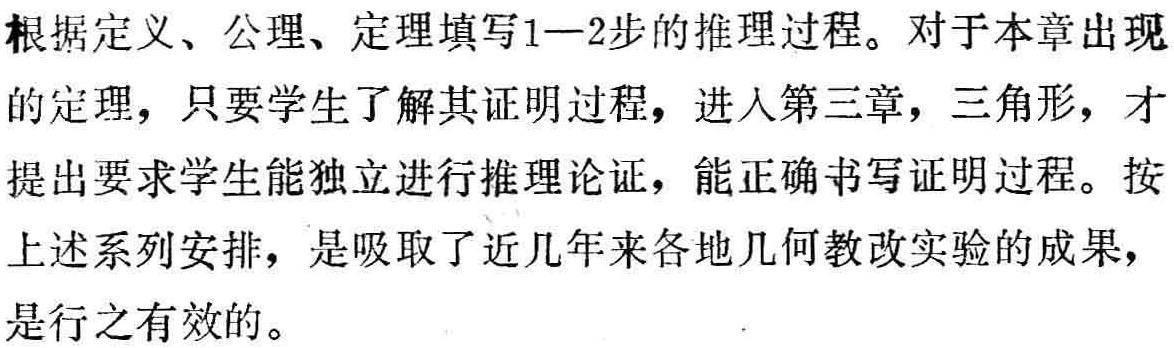
根据定义、公理、定理填写1—2步的推理过程。对于本章出现的定理，只要学生了解其证明过程，进入第三章，三角形，才提出要求学生能独立进行推理论证，能正确书写证明过程。按上述系列安排，是吸取了近几年来各地几何教改实验的成果，是行之有效的。